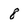
Character: 8